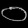
Digit: ၀